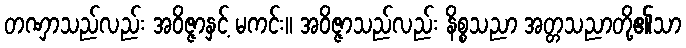
တဏှာသည်လည်း အဝိဇ္ဇာနှင့် မကင်း။ အဝိဇ္ဇာသည်လည်း နိစ္စသညာ အတ္တသညာတို့၏သာ